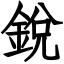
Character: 銳